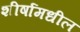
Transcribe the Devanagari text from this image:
शीर्षामधील